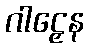
ဂါဠှေန